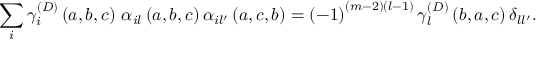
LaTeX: \sum _ { i } \gamma _ { i } ^ { \left( D \right) } \left( a , b , c \right) \, \alpha _ { i l } \left( a , b , c \right) \alpha _ { i l ^ { \prime } } \left( a , c , b \right) = \left( - 1 \right) ^ { \left( m - 2 \right) \left( l - 1 \right) } \gamma _ { l } ^ { \left( D \right) } \left( b , a , c \right) \delta _ { l l ^ { \prime } } .